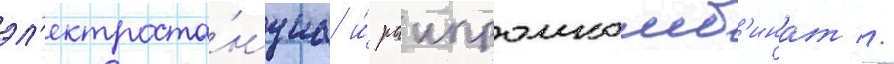
эл'ектроста́нциа и́ раипромкомб'инат //